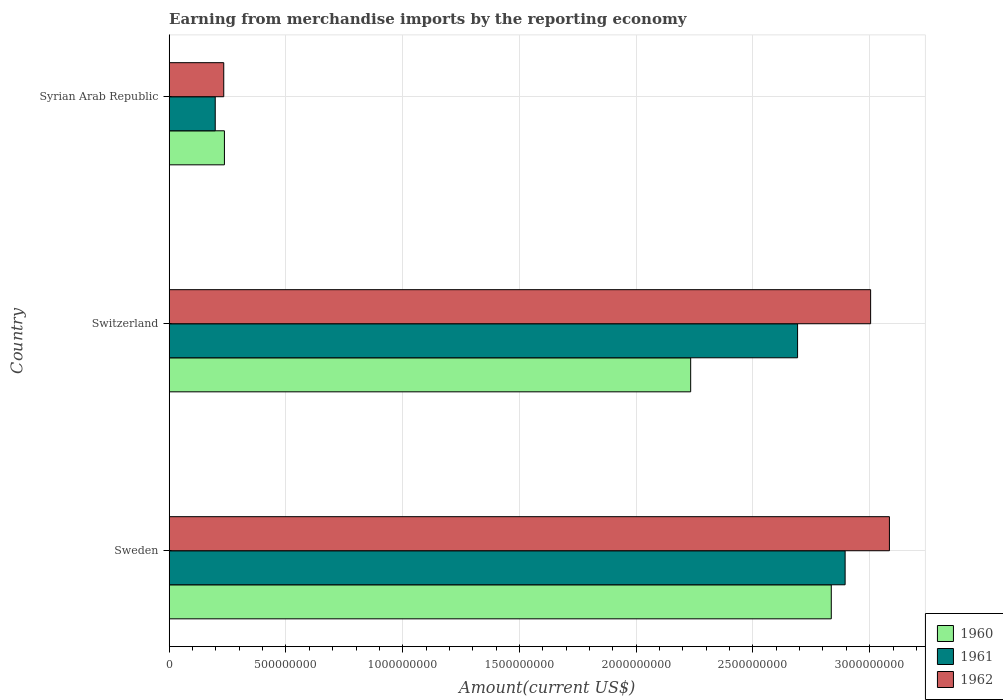
| Country | 1960 | 1961 | 1962 |
 | --- | --- | --- | --- |
 | Sweden | 2.84e+09 | 2.89e+09 | 3.08e+09 |
 | Switzerland | 2.23e+09 | 2.69e+09 | 3e+09 |
 | Syrian Arab Republic | 2.36e+08 | 1.97e+08 | 2.34e+08 |